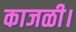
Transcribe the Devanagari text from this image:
काजळी।